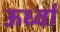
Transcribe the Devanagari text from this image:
ऊर्ध्वा